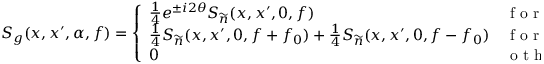
S _ { g } ( x , x ^ { \prime } , \alpha , f ) = \left\{ \begin{array} { l l } { \frac { 1 } { 4 } e ^ { \pm i 2 \theta } S _ { \widetilde { n } } ( x , x ^ { \prime } , 0 , f ) } & { \mathrm { ~ f ~ o ~ r ~ } \alpha = \pm 2 f _ { 0 } } \\ { \frac { 1 } { 4 } S _ { \widetilde { n } } ( x , x ^ { \prime } , 0 , f + f _ { 0 } ) + \frac { 1 } { 4 } S _ { \widetilde { n } } ( x , x ^ { \prime } , 0 , f - f _ { 0 } ) } & { \mathrm { ~ f ~ o ~ r ~ } \alpha = 0 } \\ { 0 } & { \mathrm { ~ o ~ t ~ h ~ e ~ r ~ w ~ i ~ s ~ e ~ } } \end{array} \right.